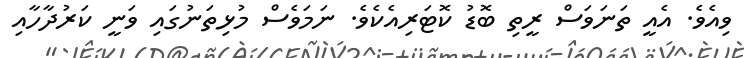
ވިއެވެ. އެއީ ތަނަވަސް ރީތި ބޮޑު ކޮޓަރިއެކެވެ. ނަމަވެސް މުޅިތަނުގައި ވަނީ ކަރުދާހާއި